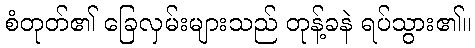
စံတုတ်၏ ခြေလှမ်းများသည် တုန့်ခနဲ ရပ်သွား၏။